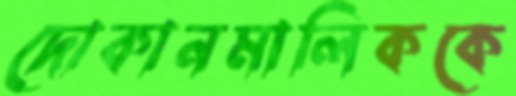
দোকানমালিককে